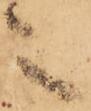
之